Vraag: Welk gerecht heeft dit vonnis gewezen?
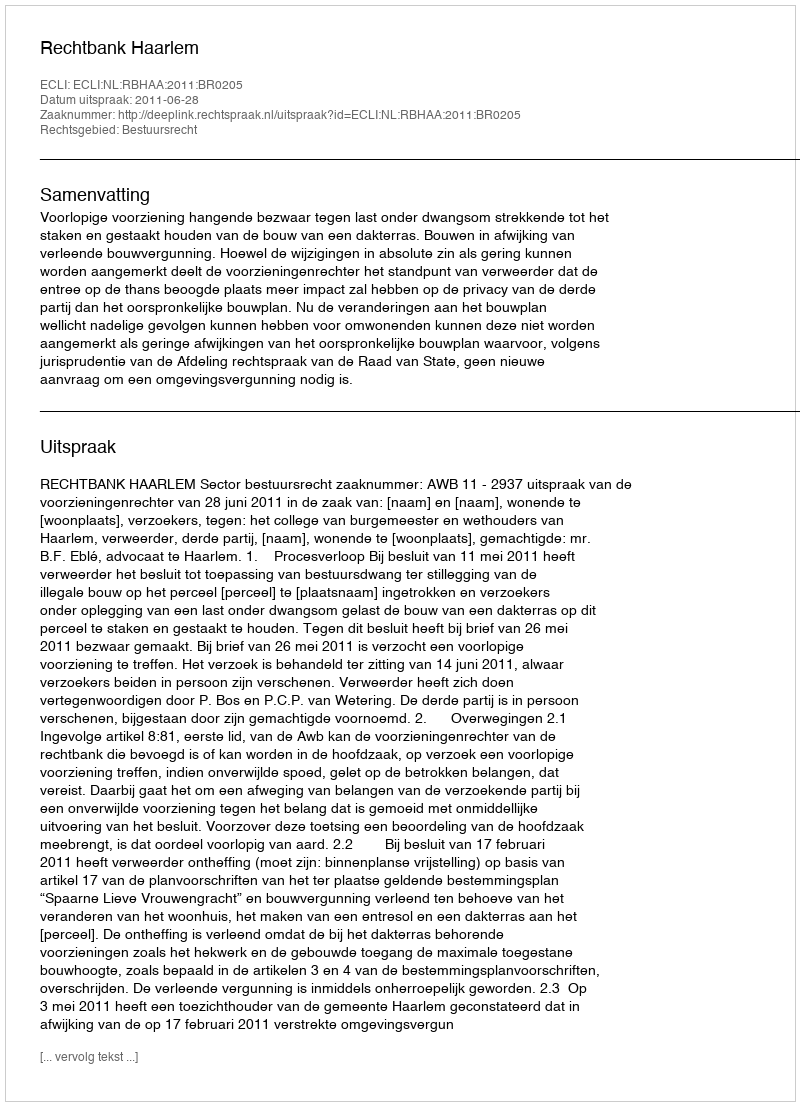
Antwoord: Rechtbank Haarlem